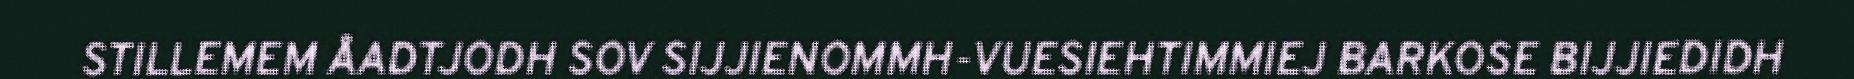
STILLEMEM ÅADTJODH SOV SIJJIENOMMH-VUESIEHTIMMIEJ BARKOSE BIJJIEDIDH